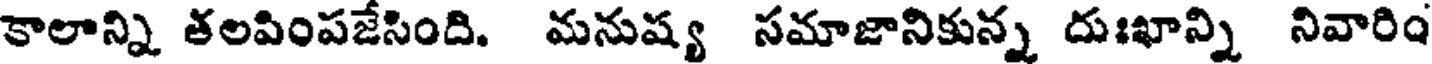
కాలాన్ని తలపింపజేసింది. మనుష్య సమాజానికున్న దుఃఖాన్ని నివారిం